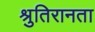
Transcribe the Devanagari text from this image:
श्रुतिरानता